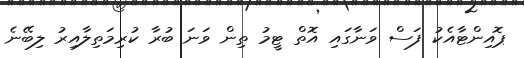
ޕޮއިންޓާއެކު ފަސް ވަނާގައި އޮތް ޓީމު ތިން ވަނަ ބުރާ ކުރިމަތިލާއިރު ލިބޭނެ